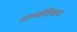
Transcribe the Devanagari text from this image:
शस्त्रांशिवाय